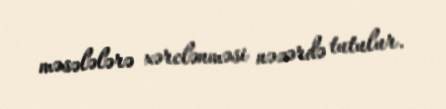
məsələlərə xərclənməsi nəzərdə tutulur.